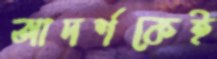
আদর্শকেই